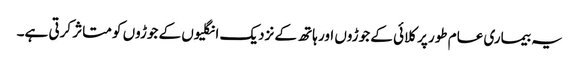
یہ بیماری عام طور پر کلائی کے جوڑوں اور ہاتھ کے نزدیک انگلیوں کے جوڑوں کو متاثر کرتی ہے۔